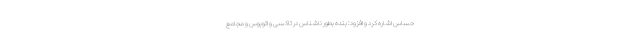
حساس اشاره کرد و افزود: بنده بطور ناشناس در تاکسی و اتوبوس و مجامع